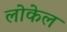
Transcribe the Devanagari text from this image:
लोकेल